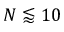
N \lessapprox 1 0